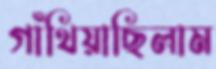
গাঁথিয়াছিলাম